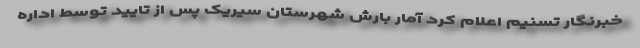
خبرنگار تسنیم اعلام کرد آمار بارش شهرستان سیریک پس از تایید توسط اداره